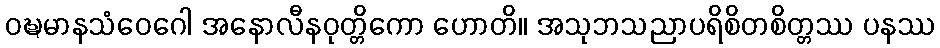
ဝဍ္ဎမာနသံဝေဂေါ အနောလီနဝုတ္တိကော ဟောတိ။ အသုဘသညာပရိစိတစိတ္တဿ ပနဿ